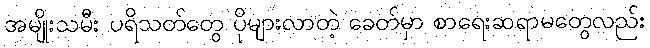
အမျိုးသမီး ပရိသတ်တွေ ပိုများလာတဲ့ ခေတ်မှာ စာရေးဆရာမတွေလည်း